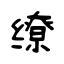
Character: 缭